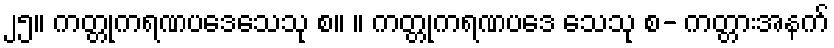
၂၅။ ကတ္တုကရဏပဒေသေသု စ။ ။ ကတ္တုကရဏပဒေ သေသု စ- ကတ္တားအနက်